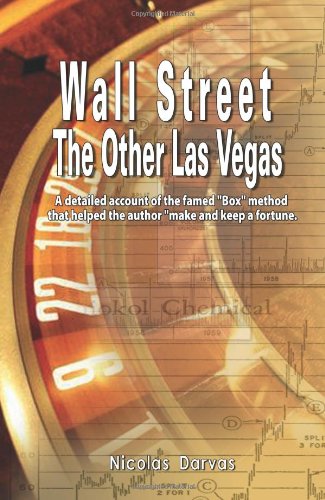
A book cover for Wall Street: The Other Las Vegas by Nicolas Darvas (the author of How I Made $2,000,000 In The Stock Market); Nicolas Darvas; Business & Money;